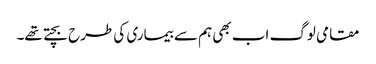
مقامی لوگ اب بھی ہم سے بیماری کی طرح بچتے تھے۔